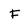
Character: F